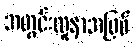
အတွင်းလူနာအဖြစ်